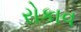
રોકાવ